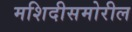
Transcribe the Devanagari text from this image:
मशिदीसमोरील